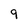
Character: q